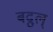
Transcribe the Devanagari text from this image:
बद्रुल्